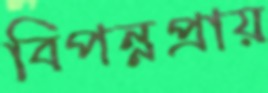
বিপন্নপ্রায়